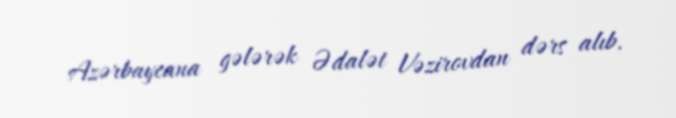
Azərbaycana gələrək Ədalət Vəzirovdan dərs alıb.